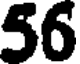
56